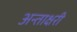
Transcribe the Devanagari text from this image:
अन्ताक्षरी